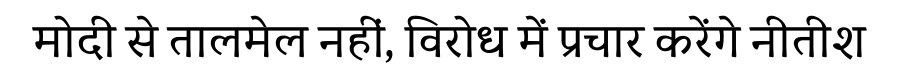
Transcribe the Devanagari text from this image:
मोदी से तालमेल नहीं, विरोध में प्रचार करेंगे नीतीश